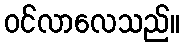
ဝင်လာလေသည်။